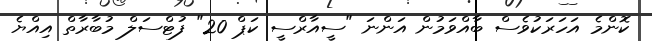
ކޮންމެ އަހަރަކުވެސް ބާއްވަމުން އަންނަ "ސީއާރްސީ ކަޕް 20" ފުޓްސަލް މުބާރާތް އިއްޔެ